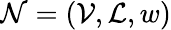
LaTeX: \mathcal{N}=(\mathcal{V},\mathcal{L},w)